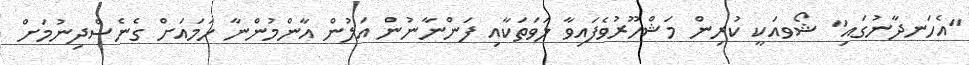
"އެހަނދާނުގައި" ޝޯވއަކީ ކުރިން މަޝްހޫރުވެފައިވާ ލަވަތަކާއި ފަންނާނުން އަލުން އާންމުންނާ ހަމައަށް ގެނެސްދިނުމަށް